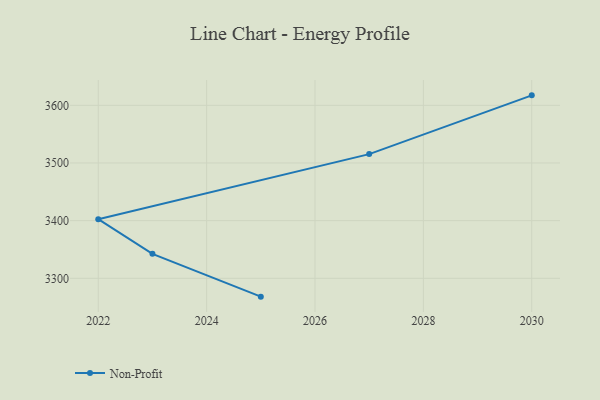
{"axis": {"x": "Year", "y": "Inventory Turnover"}, "legend": ["Non-Profit"], "data": [{"x": "2025", "y": 3268.2, "type": "Non-Profit"}, {"x": "2023", "y": 3342.5, "type": "Non-Profit"}, {"x": "2022", "y": 3402.5, "type": "Non-Profit"}, {"x": "2027", "y": 3515.4, "type": "Non-Profit"}, {"x": "2030", "y": 3617.3, "type": "Non-Profit"}]}